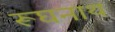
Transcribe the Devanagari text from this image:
रूघनाथ